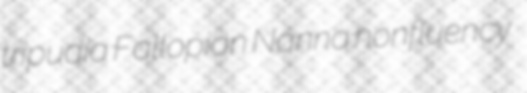
tripudia Fallopian Nanna nonfluency